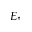
E _ { \uparrow }